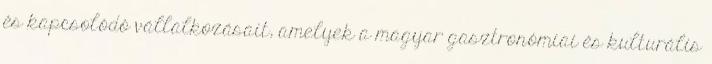
és kapcsolódó vállalkozásait, amelyek a magyar gasztronómiai és kulturális